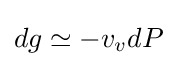
dg\simeq -v_{v}dP